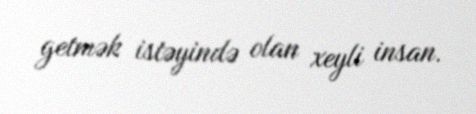
getmək istəyində olan xeyli insan.